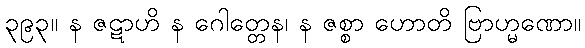
၃၉၃။ န ဇဋာဟိ န ဂေါတ္တေန၊ န ဇစ္စာ ဟောတိ ဗြာဟ္မဏော။